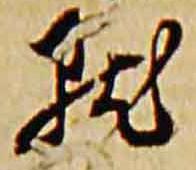
点